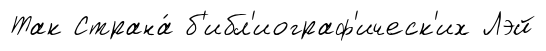
Так Страна́ б'ибл'иограф'ическ'их Лэй